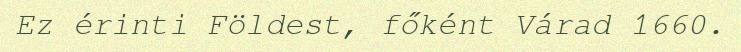
Ez érinti Földest, főként Várad 1660.